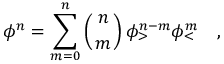
\phi ^ { n } = \sum _ { m = 0 } ^ { n } \left( { n \atop m } \right) \phi _ { > } ^ { n - m } \phi _ { < } ^ { m } \quad ,